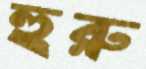
হুরু